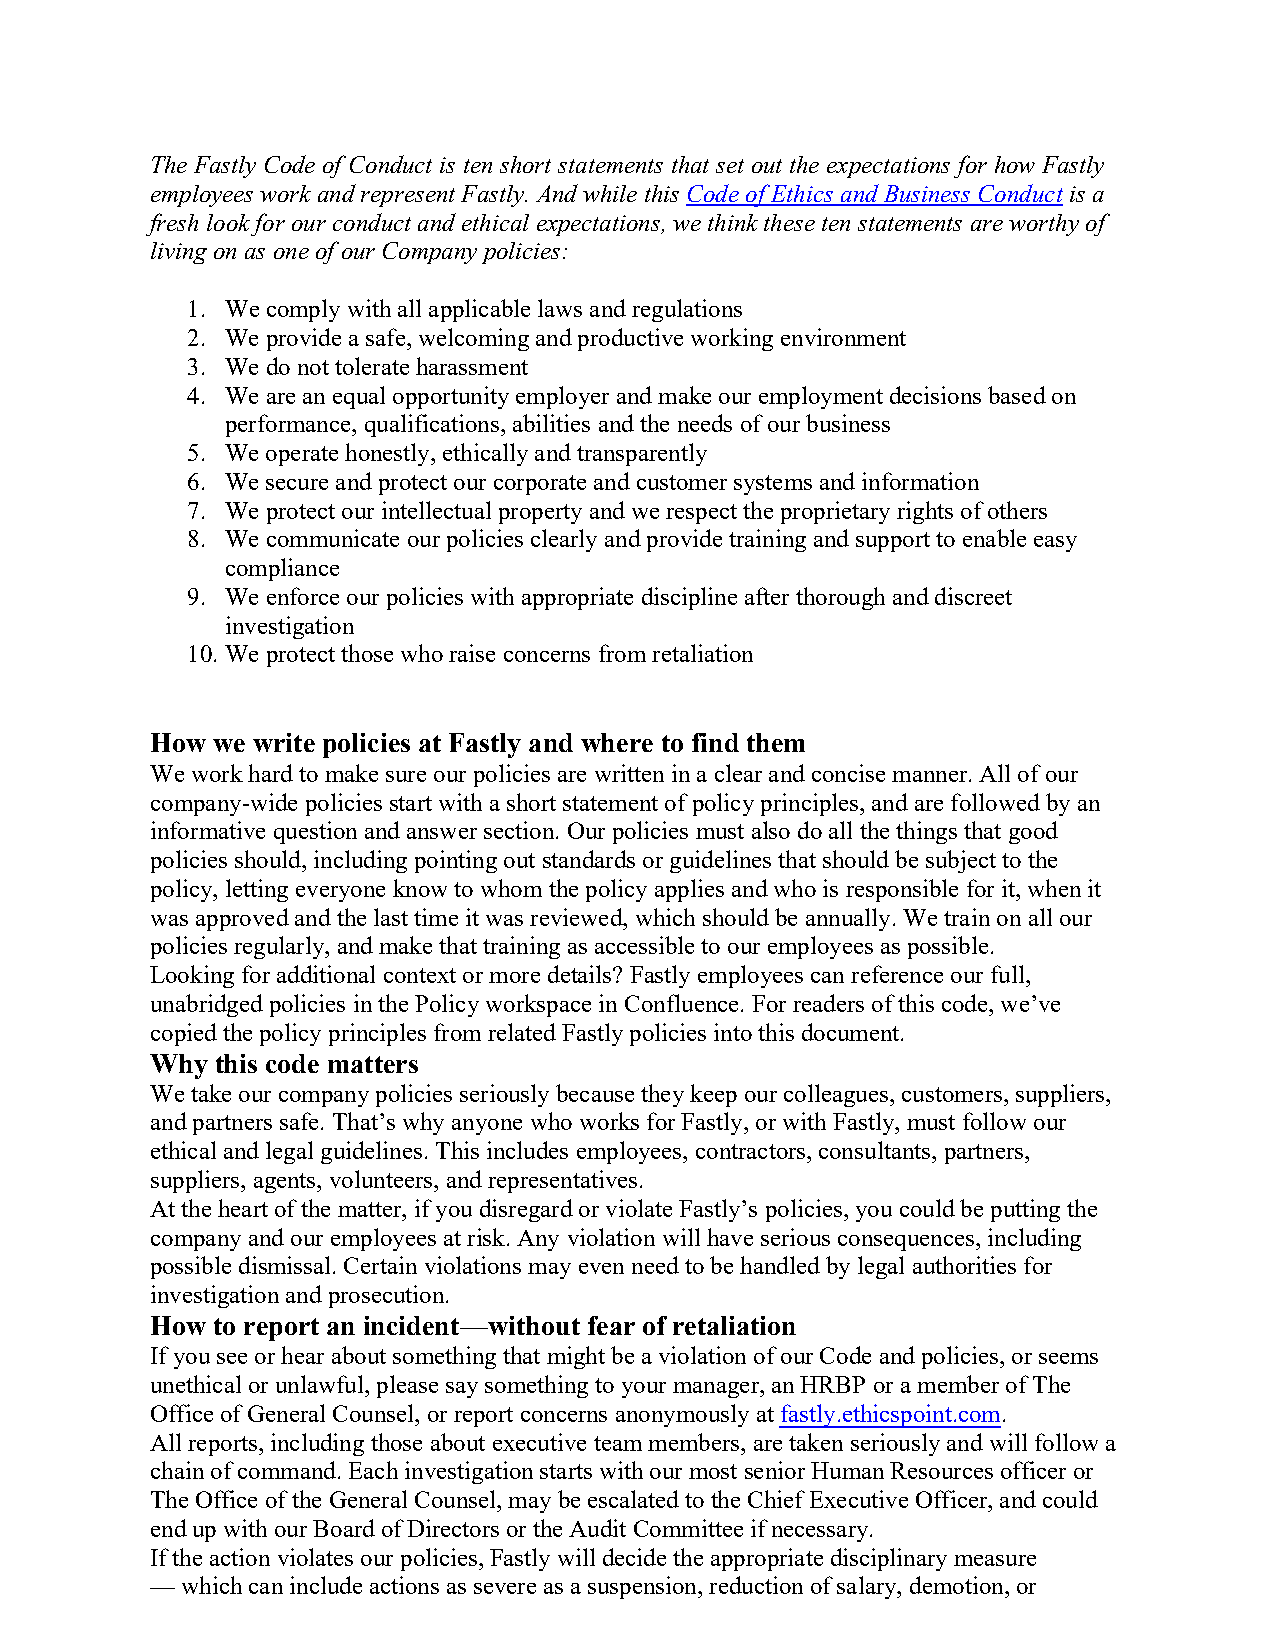
The Fastly Code of Conduct is ten short statements that set out the expectations for how Fastly
 employees work and represent Fastly. And while this Code of Ethics and Business Conduct is a
 fresh look for our conduct and ethical expectations, we think these ten statements are worthy of
 living on as one of our Company policies:
 1. We comply with all applicable laws and regulations
 2. We provide a safe, welcoming and productive working environment
 3. We do not tolerate harassment
 4. We are an equal opportunity employer and make our employment decisions based on
 performance, qualifications, abilities and the needs of our business
 5. We operate honestly, ethically and transparently
 6. We secure and protect our corporate and customer systems and information
 7. We protect our intellectual property and we respect the proprietary rights of others
 8. We communicate our policies clearly and provide training and support to enable easy
 compliance
 9. We enforce our policies with appropriate discipline after thorough and discreet
 investigation
 10. We protect those who raise concerns from retaliation
 How we write policies at Fastly and where to find them
 We work hard to make sure our policies are written in a clear and concise manner. All of our
 company-wide policies start with a short statement of policy principles, and are followed by an
 informative question and answer section. Our policies must also do all the things that good
 policies should, including pointing out standards or guidelines that should be subject to the
 policy, letting everyone know to whom the policy applies and who is responsible for it, when it
 was approved and the last time it was reviewed, which should be annually. We train on all our
 policies regularly, and make that training as accessible to our employees as possible.
 Looking for additional context or more details? Fastly employees can reference our full,
 unabridged policies in the Policy workspace in Confluence. For readers of this code, we’ve
 copied the policy principles from related Fastly policies into this document.
 Why this code matters
 We take our company policies seriously because they keep our colleagues, customers, suppliers,
 and partners safe. That’s why anyone who works for Fastly, or with Fastly, must follow our
 ethical and legal guidelines. This includes employees, contractors, consultants, partners,
 suppliers, agents, volunteers, and representatives.
 At the heart of the matter, if you disregard or violate Fastly’s policies, you could be putting the
 company and our employees at risk. Any violation will have serious consequences, including
 possible dismissal. Certain violations may even need to be handled by legal authorities for
 investigation and prosecution.
 How to report an incident—without fear of retaliation
 If you see or hear about something that might be a violation of our Code and policies, or seems
 unethical or unlawful, please say something to your manager, an HRBP or a member of The
 Office of General Counsel, or report concerns anonymously at fastly.ethicspoint.com.
 All reports, including those about executive team members, are taken seriously and will follow a
 chain of command. Each investigation starts with our most senior Human Resources officer or
 The Office of the General Counsel, may be escalated to the Chief Executive Officer, and could
 end up with our Board of Directors or the Audit Committee if necessary.
 If the action violates our policies, Fastly will decide the appropriate disciplinary measure
 — which can include actions as severe as a suspension, reduction of salary, demotion, or